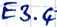
Text: E3.4